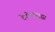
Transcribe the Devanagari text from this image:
देवीलासुद्धा